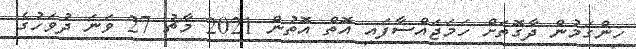
ހިންގަމުން ދާގޮތަށް ހަމަޖައްސާފައި އޮތް އޮތުން 2021 މާޗު 27 ވަނަ ދުވަހުގެ